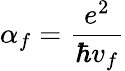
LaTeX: \alpha_{f}=\frac{e^{2}}{\hbar v_{f}}